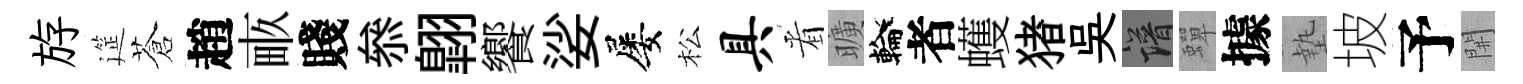
斿筵蒼趙畞賤叅翺饗娑屡松具㸔曠輪者蠖猪吳譜蟬據墊坡予𨳩